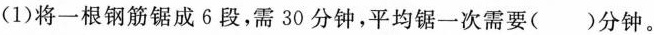
(1)将一根钢筋锯成6段，需30分钟，平均锯一次需要( )分钟。